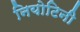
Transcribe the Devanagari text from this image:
नियोटिनी